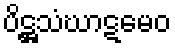
ပိဋ္ဌသံဃာဋမေဝ